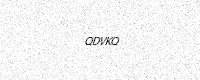
Text: QDVKQ